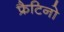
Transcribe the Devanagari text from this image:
फ्रैटिनो